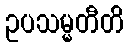
ဥပသမ္မတီတိ